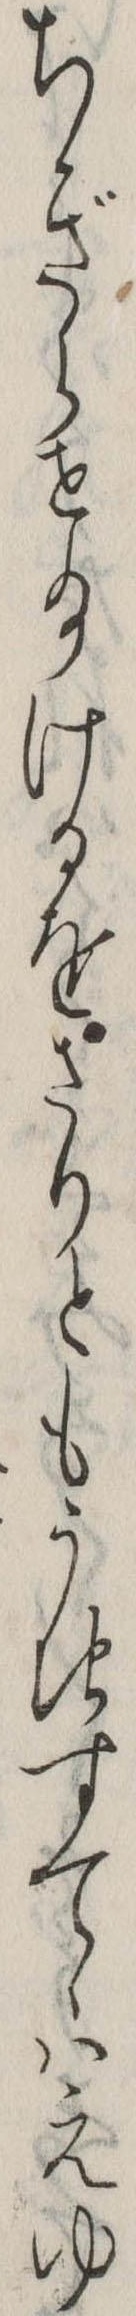
ちぎらせ給けるをさりともうちすてゝはえゆ